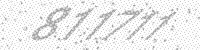
Solution: 811711